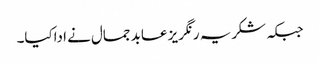
جبکہ شکریہ رنگریز عابد جمال نے اداکیا۔